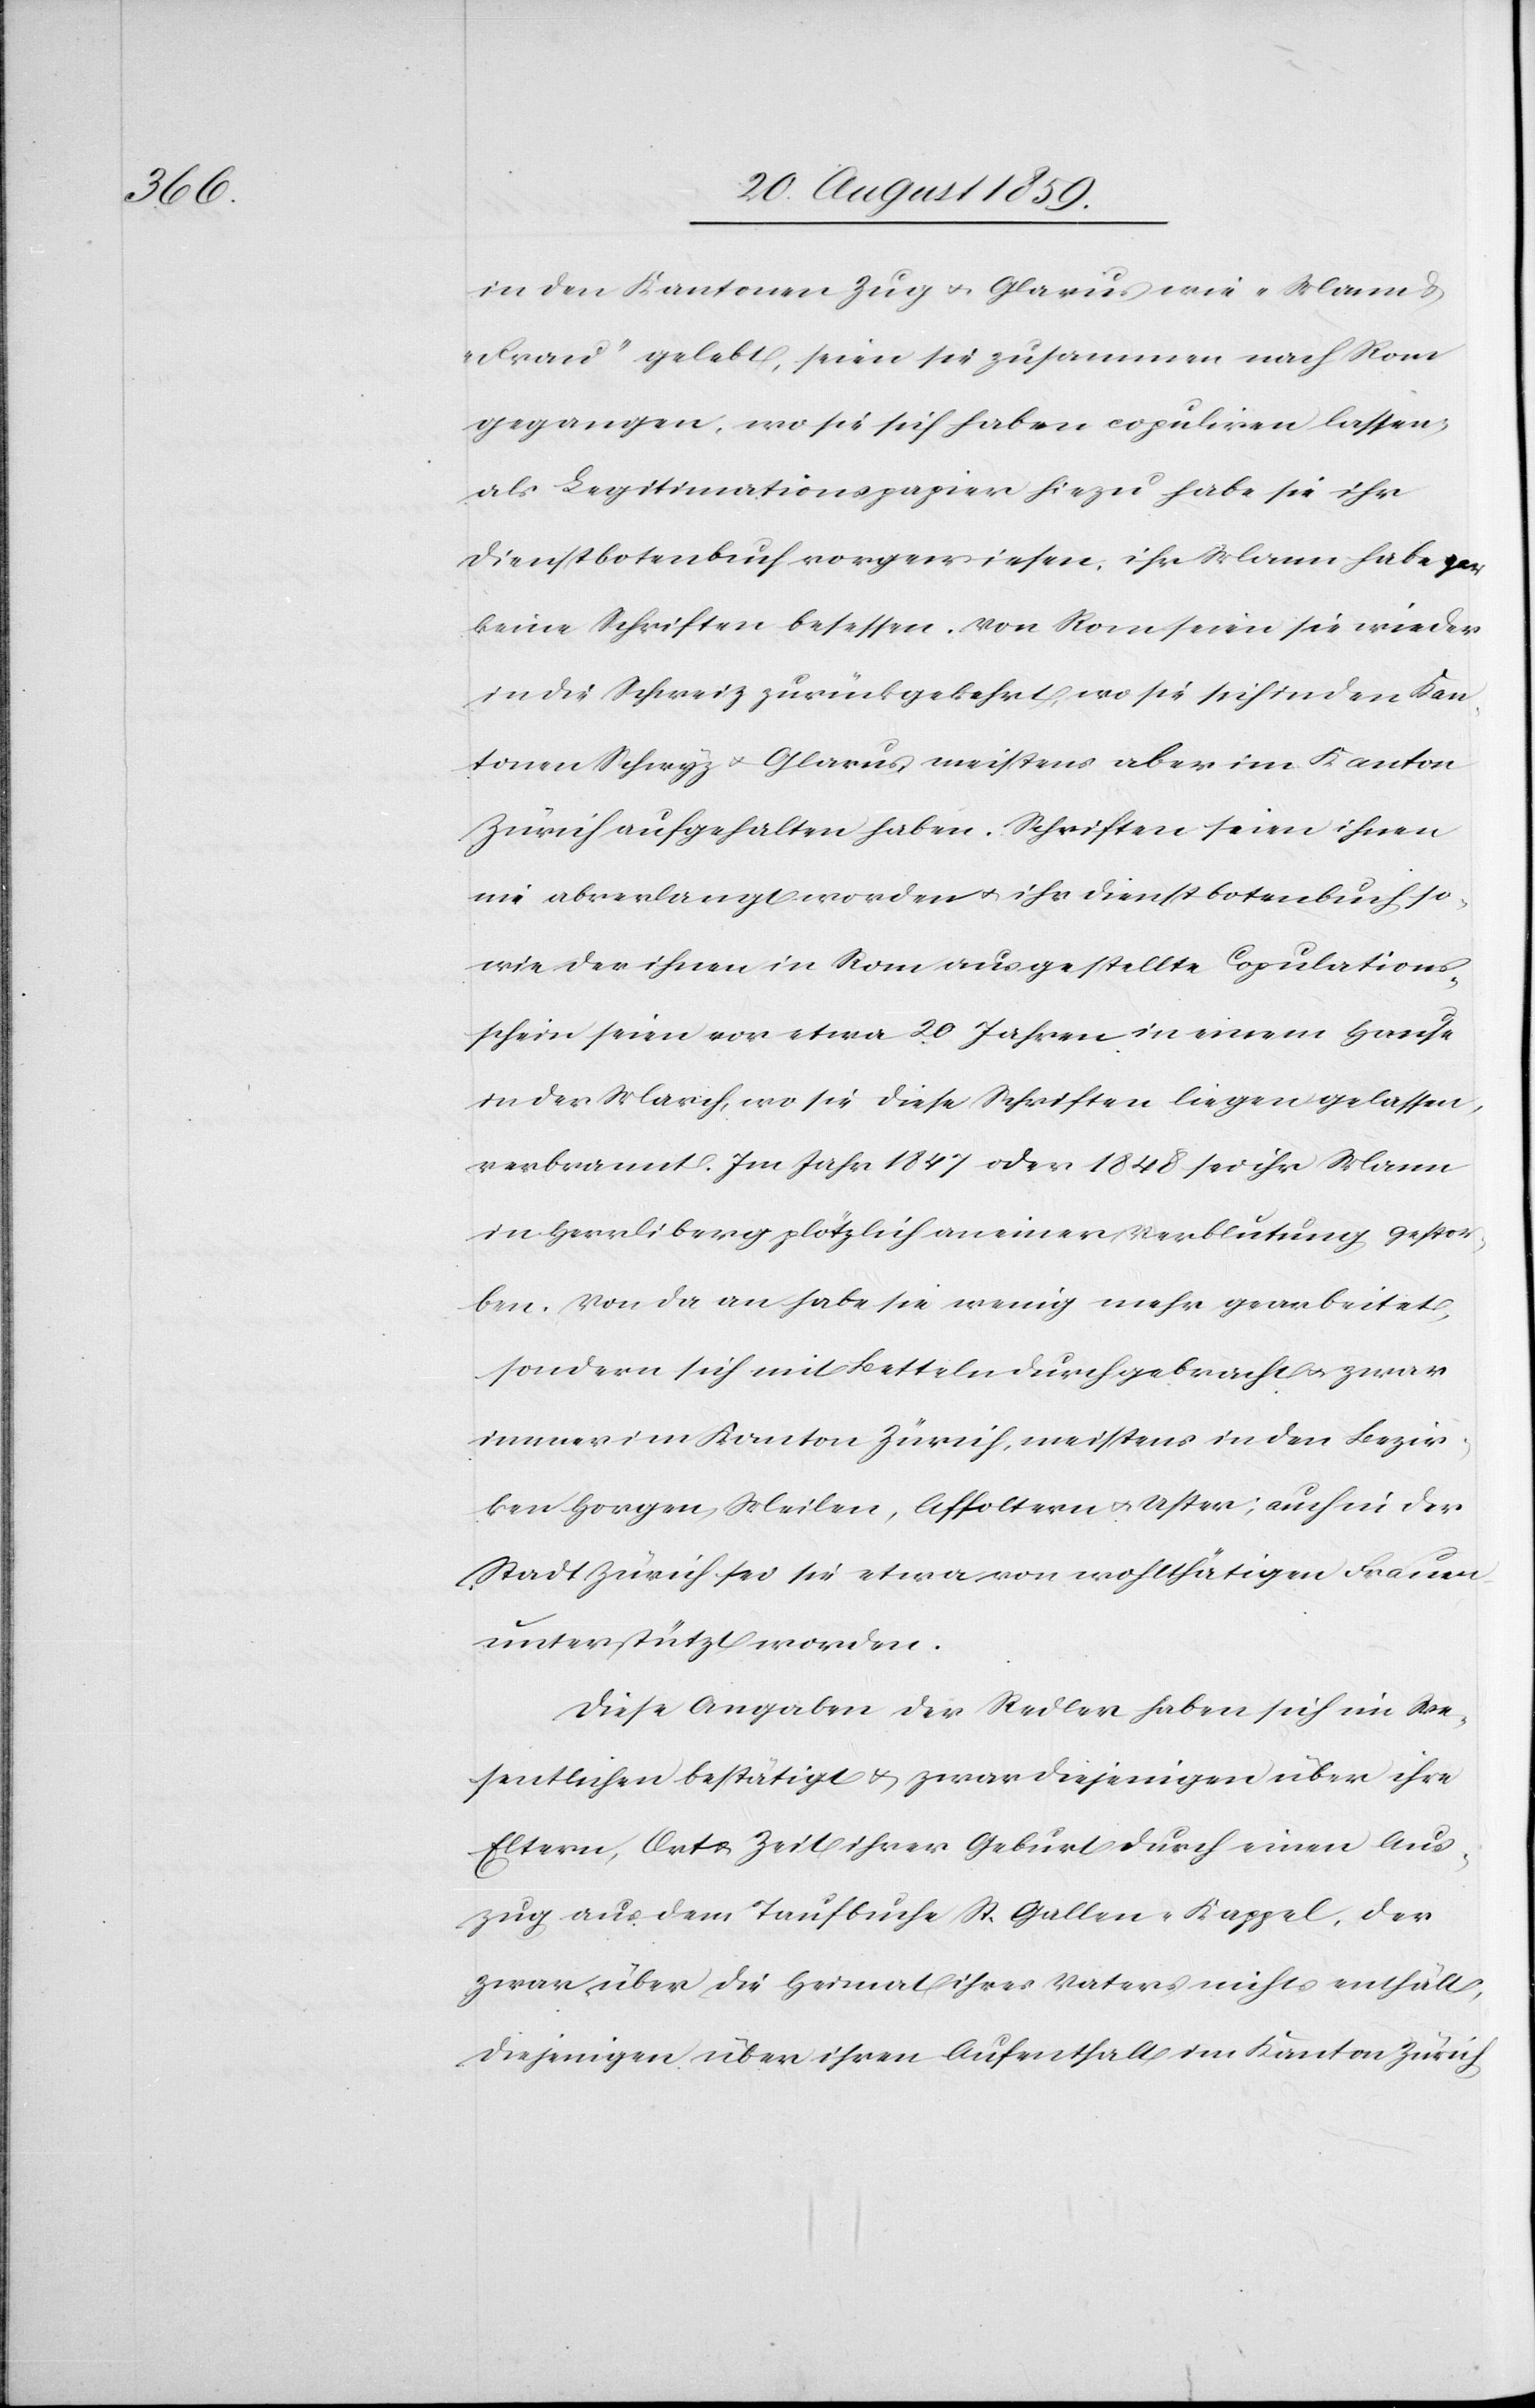
in den Kantonen Zug & Glarus wie „Mann &
Frau“ gelebt, seien sie zusammen nach Rom
gegangen, wo sie sich haben copuliren lassen,
als Legitimationspapier hiezu habe sie ihr
Dienstbotenbuch vorgewiesen, ihr Mann habe gar
keine Schriften besessen. Von Rom seien sie wieder
in die Schweiz zurückgekehrt, wo sie sich in den Kan¬
tonen Schwyz & Glarus meistens aber im Kanton
Zürich aufgehalten haben. Schriften seien ihnen
nie abverlangt worden & ihr Dienstbotenbuch so¬
wie der ihnen in Rom ausgestellte Copulations¬
schein seien vor etwa 20 Jahren in einem Hause
in der March, wo sie diese Schriften liegen gelassen
verbrannt. Im Jahr 1847 oder 1848 sei ihr Mann
in Herrliberg plötzlich an einer Verblutung gestor¬
ben. Von da an habe sie wenig mehr gearbeitet,
sondern sich mit betteln durchgebracht & zwar
immer im Kanton Zürich, meistens in den Bezir¬
ken Horgen, Meilen, Affoltern & Uster; auch in der
Stadt Zürich sei sie etwa von wohlthätigen Frauen
unterstützt worden.
Diese Angaben der Redler haben sich im We¬
sentlichen bestätigt & zwar diejenigen über ihre
Eltern, Art & Zeit ihrer Geburt durch einen Aus¬
zug aus dem Taufbuche St. Gallen-Kappel, der
zwar über die Heimat ihres Vaters nichts enthält,
diejenigen über ihren Aufenthalt im Kanton Zürich